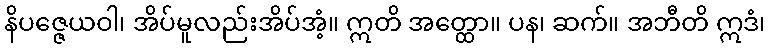
နိပဇ္ဇေယဝါ၊ အိပ်မူလည်းအိပ်အံ့။ ဣတိ အတ္ထော။ ပန၊ ဆက်။ အဘီတိ ဣဒံ၊